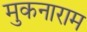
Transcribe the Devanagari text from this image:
मुकनाराम